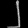
Digit: ၂